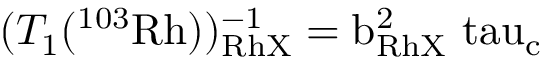
( T _ { 1 } ( ^ { 1 0 3 } \mathrm { { R h } ) ) _ { R h X } ^ { - 1 } = b _ { R h X } ^ { 2 } \ t a u _ { c } }